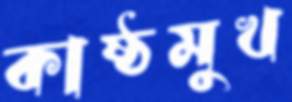
কাষ্ঠমুখ